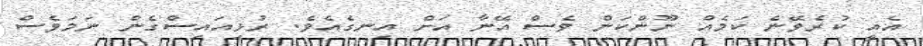
އެއީ ކުރެވޭނެ ކަމެއް ނޫންކަން ވެސް އޭނާ އަށް އިނގެއެވެ. ރުޅިއައިސްގެން ނަމަވެސް